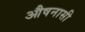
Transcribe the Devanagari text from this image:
औषनासी